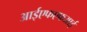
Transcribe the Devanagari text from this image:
आईएफएफआई